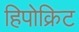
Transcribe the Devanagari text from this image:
हिपोक्रिट